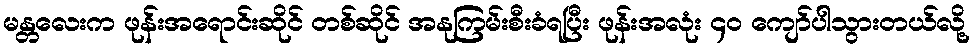
မန္တလေးက ဖုန်းအရောင်းဆိုင် တစ်ဆိုင် အနုကြမ်းစီးခံရပြီး ဖုန်းအလုံး ၄၀ ကျော်ပါသွားတယ်လို့